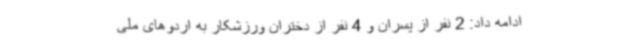
ادامه داد: 2 نفر از پسران و 4 نفر از دختران ورزشکار به اردوهای ملی